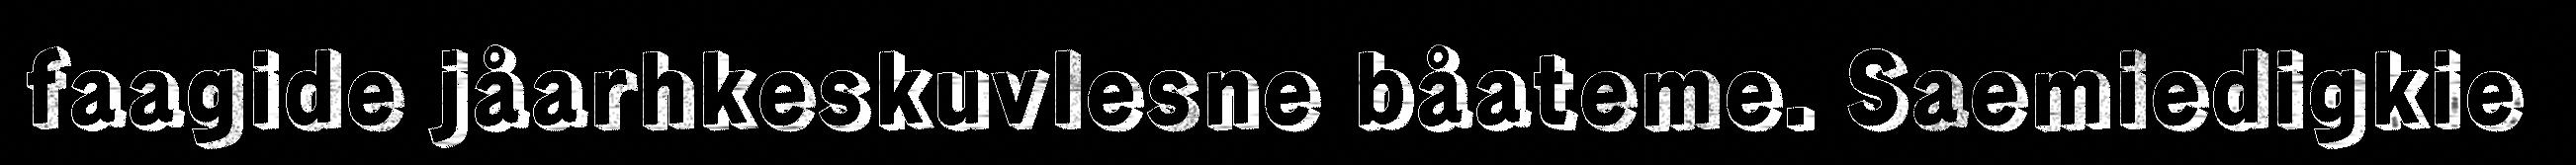
faagide jåarhkeskuvlesne båateme. Saemiedigkie